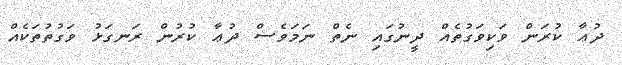
ދުޢާ ކުރަން ވަކިވަގުތެއް ދީނުގައި ނެތް ނަމަވެސް ދުޢާ ކުރުން ރަނގަޅު ވަގުތުތަކެއް